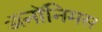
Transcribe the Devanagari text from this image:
ॲनॉनिमस